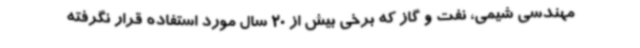
مهندسی شیمی، نفت و گاز که برخی بیش از 20 سال مورد استفاده قرار نگرفته